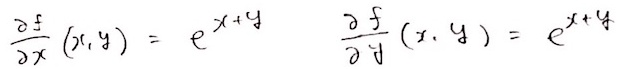
\frac{\partial f}{\partial x}(x,y) = e^{x + y} \quad \frac{\partial f}{\partial y}(x,y) = e^{x + y}